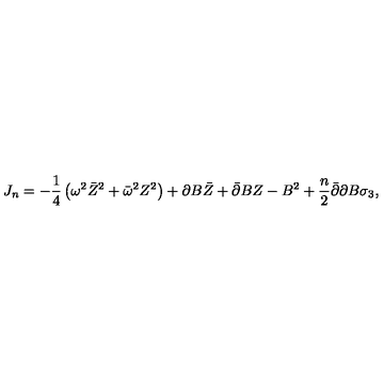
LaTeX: J _ { n } = - \frac 1 4 \left( \omega ^ { 2 } \bar { Z } ^ { 2 } + \bar { \omega } ^ { 2 } Z ^ { 2 } \right) + \partial B \bar { Z } + \bar { \partial } B Z - B ^ { 2 } + \frac n 2 \bar { \partial } \partial B \sigma _ { 3 } ,